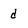
Character: d